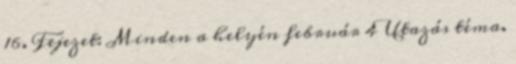
16. Fejezet: Minden a helyén február 4 Utazás téma.